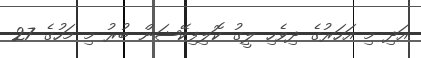
އަދި މި އަހަރުގެ ދިވެހި ލީގު ކޮލިފިކޭޝަން ބުރު މި މަހުގެ 27